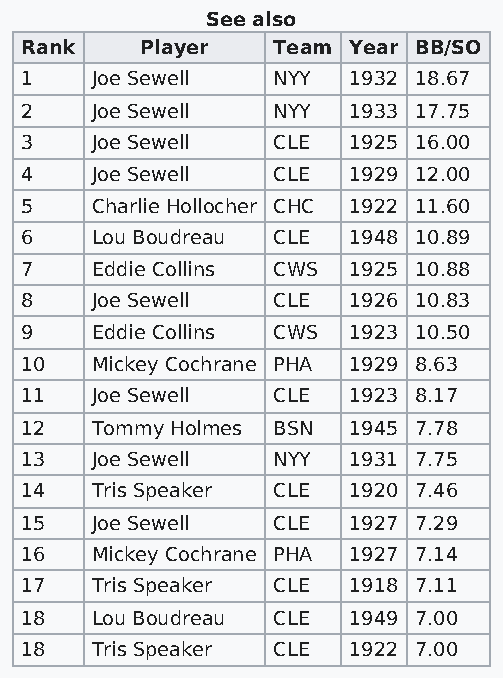
See also
 Rank    Player   Team Year BB/SO
 1    Joe Sewell  NYY  1932 18.67
 2    Joe Sewell  NYY  1933 17.75
 3    Joe Sewell  CLE  1925 16.00
 4    Joe Sewell  CLE  1929 12.00
 5    Charlie Hollocher CHC 1922 11.60
 6    Lou Boudreau CLE 1948 10.89
 7    Eddie Collins CWS 1925 10.88
 8    Joe Sewell  CLE  1926 10.83
 9    Eddie Collins CWS 1923 10.50
 10   Mickey Cochrane PHA 1929 8.63
 11   Joe Sewell  CLE  1923 8.17
 12   Tommy Holmes BSN 1945 7.78
 13   Joe Sewell  NYY  1931 7.75
 14   Tris Speaker CLE 1920 7.46
 15   Joe Sewell  CLE  1927 7.29
 16   Mickey Cochrane PHA 1927 7.14
 17   Tris Speaker CLE 1918 7.11
 18   Lou Boudreau CLE 1949 7.00
 18   Tris Speaker CLE 1922 7.00